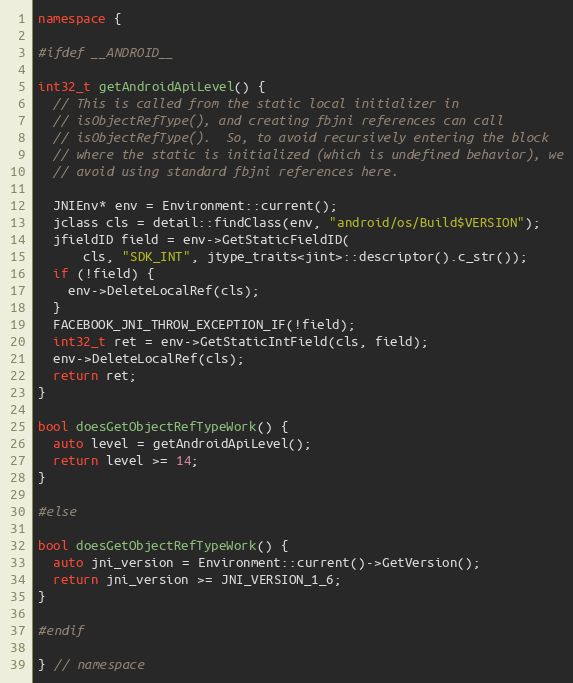
Language: C++
namespace {

#ifdef __ANDROID__

int32_t getAndroidApiLevel() {
  // This is called from the static local initializer in
  // isObjectRefType(), and creating fbjni references can call
  // isObjectRefType().  So, to avoid recursively entering the block
  // where the static is initialized (which is undefined behavior), we
  // avoid using standard fbjni references here.

  JNIEnv* env = Environment::current();
  jclass cls = detail::findClass(env, "android/os/Build$VERSION");
  jfieldID field = env->GetStaticFieldID(
      cls, "SDK_INT", jtype_traits<jint>::descriptor().c_str());
  if (!field) {
    env->DeleteLocalRef(cls);
  }
  FACEBOOK_JNI_THROW_EXCEPTION_IF(!field);
  int32_t ret = env->GetStaticIntField(cls, field);
  env->DeleteLocalRef(cls);
  return ret;
}

bool doesGetObjectRefTypeWork() {
  auto level = getAndroidApiLevel();
  return level >= 14;
}

#else

bool doesGetObjectRefTypeWork() {
  auto jni_version = Environment::current()->GetVersion();
  return jni_version >= JNI_VERSION_1_6;
}

#endif

} // namespace